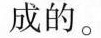
成的。